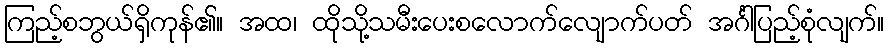
ကြည့်စဘွယ်ရှိကုန်၏။ အထ၊ ထိုသို့သမီးပေးစလောက်လျောက်ပတ် အင်္ဂါပြည့်စုံလျက်။